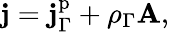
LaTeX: \mathbf{j}=\mathbf{j}_{\Gamma}^{\mathrm{p}}+\rho_{\Gamma}\mathbf{A},